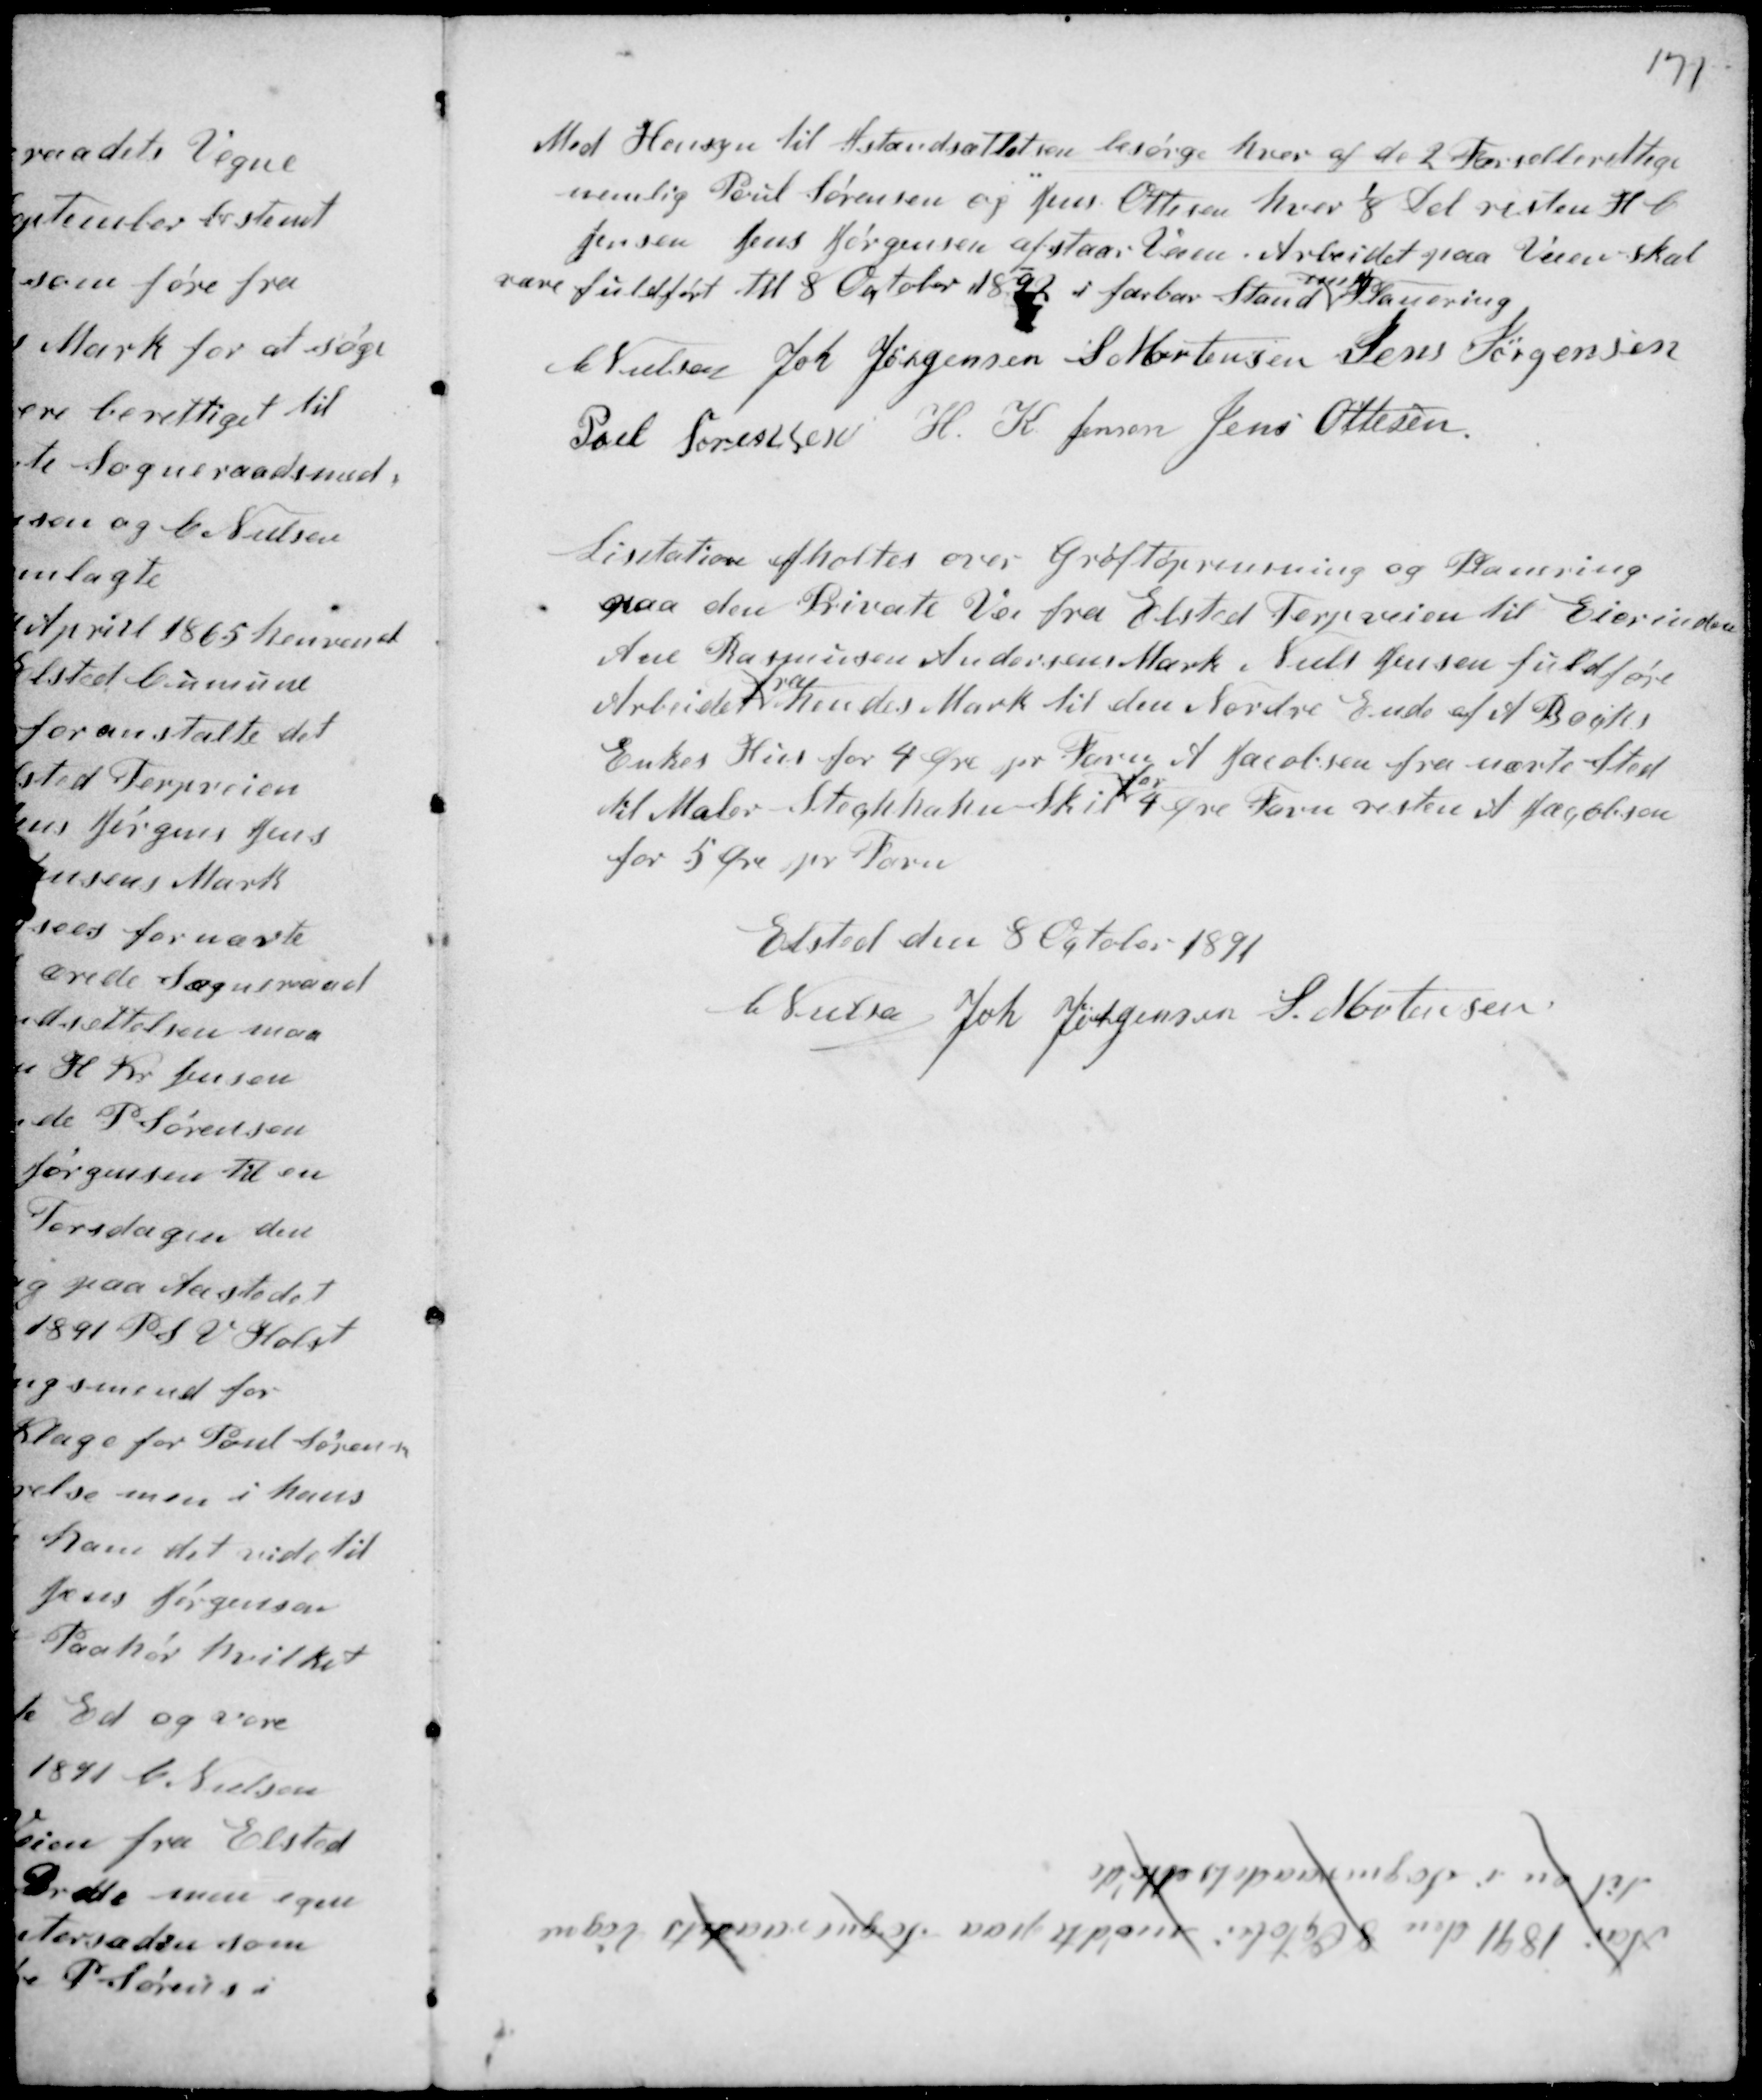
Transskription:
Med Hensyn til Istandsættelsen besørge hver af de 2 Færselberettige
nemlig Poul Sørensen og Jens Ottesen hver 1/8 Del resten H C
Jensen Jens Jørgensen afstaar Veien. Arbejdet paa Veien skal
være fuldført til 8 October 1892 i farbar Stand
med
Planering
C Nielsen Joh Jørgensen S Mortensen Jens Jørgensen
Poul Sørensen H. K. Jensen Jens Ottesen.

Licitation afholdtes over Grøftoprensning og Planering
paa den Private Vei fra Elsted Terpveien til Eierinden
Ane Rasmussen Andersens Mark. Niels Jensen fuldføre
Arbejdet
fra
hendes Mark til den Nordre Ende af A Bøghs
Enkes Hus for 4 Øre pr Favn A Jacobsen fra nævnte Sted
til Maler Stechahn Skil
for
4 Øre Favn resten af fægølesen
for 5 øre pr Favn

Elsted den 8 October 1891
C Nielsen Joh Jørgensen S. Mortensen